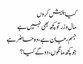
کیا پیش کروں
مال و زر تو کچھ بھی نہیں ہے
جسم، جان ہے، وہ حاضر ہے
جو کچھ مانگوں، دو گے کیا ؟